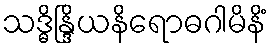
သဒ္ဓိန္ဒြိယနိရောဓဂါမိနိံ